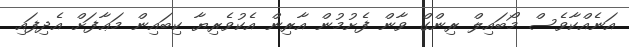
އަނެއްކާވެސް މޯބައިލް ރިންގް ވާން ފެށުމުން އާރިން އެކުވެރިޔާ ކިބައިން މަޢާފަށް އެދިފައި